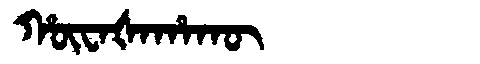
Manchu: ᡥᡡᠸᠠᡧᠠᡥᠠᡴᡡ
Romanization: HŪWAŠAHAKŪ